Document type: Sale
Year: 1354
Scribe: Bernat de Torre
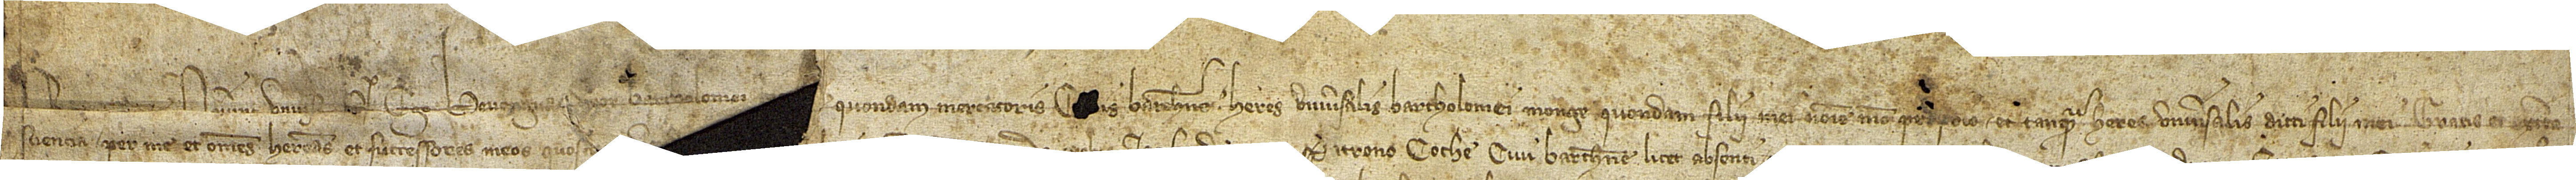
Noverint universi quod ego Bevenguda, uxor Bartholomei [Monge], quondam, mercatoris, c[iv]is Barchinone, heres universalis Bartholomei Monge, quondam, filii mei, nomine meo proprio et tanquam heres universalis dicti filii mei, gratis et ex certa